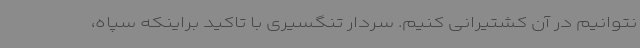
نتوانیم در آن کشتیرانی کنیم. سردار تنگسیری با تاکید براینکه سپاه،